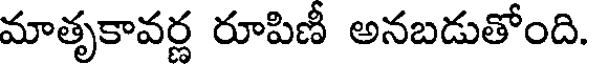
మాతృకావర్ణ రూపిణీ అనబడుతోంది.